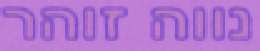
נווה זוהר